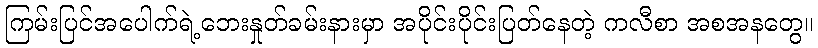
ကြမ်းပြင်အပေါက်ရဲ့ဘေးနှုတ်ခမ်းနားမှာ အပိုင်းပိုင်းပြတ်နေတဲ့ ကလီစာ အစအနတွေ။